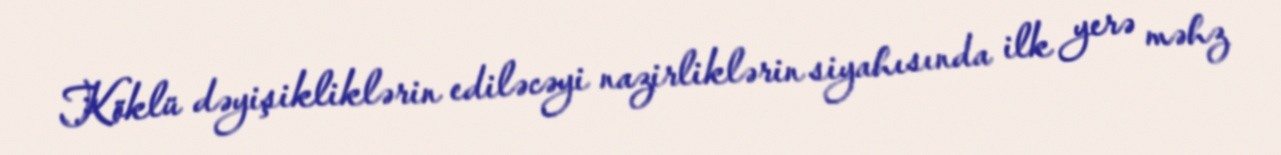
Köklü dəyişikliklərin ediləcəyi nazirliklərin siyahısında ilk yerə məhz